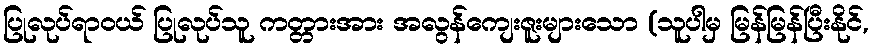
ပြုလုပ်ရာဝယ် ပြုလုပ်သူ ကတ္တားအား အလွန်ကျေးဇူးများသော (သူပါမှ မြန်မြန်ပြီးနိုင်,